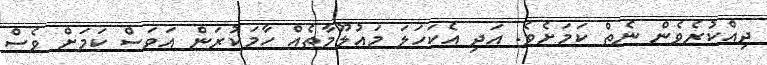
ދިއްކުރެވެން ނެތް ކަމަށެވެ. އަދި އެކަހަލަ މައުލޫމާތެއް ހާމަކުރަން އަވަސް ކަމަށް ވެސް